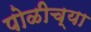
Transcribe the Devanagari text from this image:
पोळीच्या